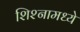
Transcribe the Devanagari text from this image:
शिश्नामध्ये